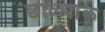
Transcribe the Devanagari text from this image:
छाळ्यांक्